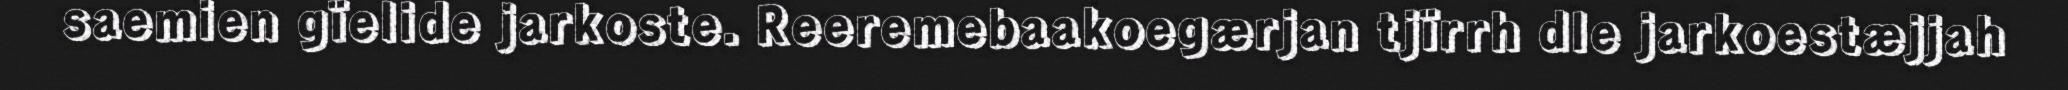
saemien gïelide jarkoste. Reeremebaakoegærjan tjïrrh dle jarkoestæjjah